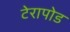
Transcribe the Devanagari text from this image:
टेरापोड